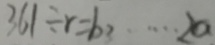
3 6 1 \div r = b _ { 7 } \cdots 2 a